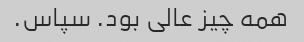
همه چیز عالی بود. سپاس.